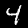
Label: 4